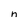
Character: n